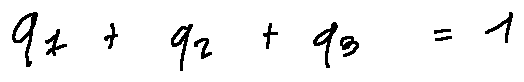
q _ { 1 } + q _ { 2 } + q _ { 3 } = 1